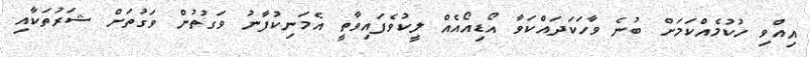
އިއްވި ހުކުމެއްކަމަށް ބުނެ ވާހަކަދައްކަވާ އޯޑިއޯއެއް ލީކުވެފައިވާތީ އެމަނިކުފާނު ވަގުތުން ވަގުތަށް ޝަރުތަކާއި